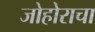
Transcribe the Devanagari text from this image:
जोहोराचा